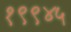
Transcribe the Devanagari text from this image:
१९९४५